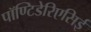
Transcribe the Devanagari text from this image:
पॉण्टिडेरिएसिई